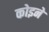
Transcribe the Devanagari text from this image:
कोइने